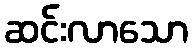
ဆင်းလာသော